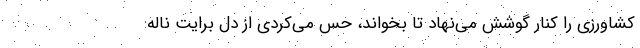
کشاورزی را کنار گوشش می‌نهاد تا بخواند، حس می‌کردی از دل برایت ناله